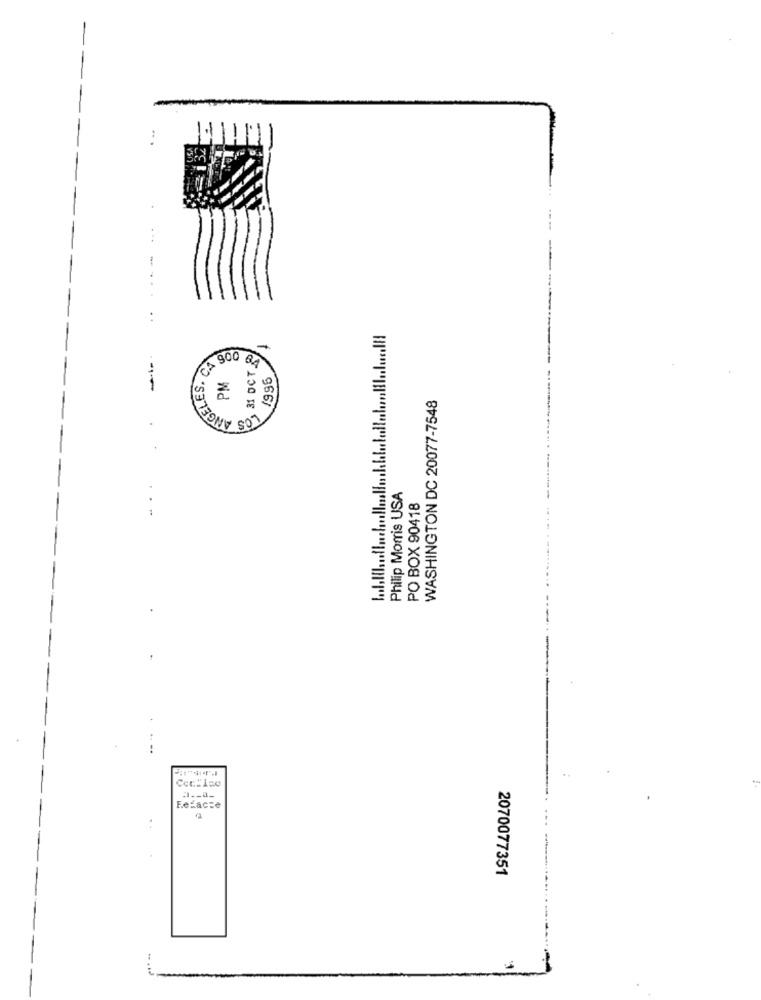
-
...
..
31 OCT &
-
ANGELES. C
-
WASHINGTON DC 20077-7548
& Nd
966/
Philip Morris USA
PO BOX 90418
..
FeLacte
2070077351